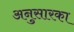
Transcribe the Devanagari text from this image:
अनुसारका